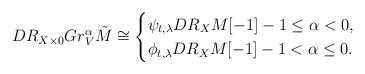
LaTeX: \begin{align*}DR_{X \times 0} Gr_V^{\alpha}\tilde{M} \cong \begin{cases}\psi_{t,\lambda} DR_X M[-1] -1 \leq \alpha <0,\\\phi_{t,\lambda} DR_X M[-1] -1 < \alpha \leq 0.\end{cases}\end{align*}